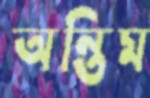
অন্তিম